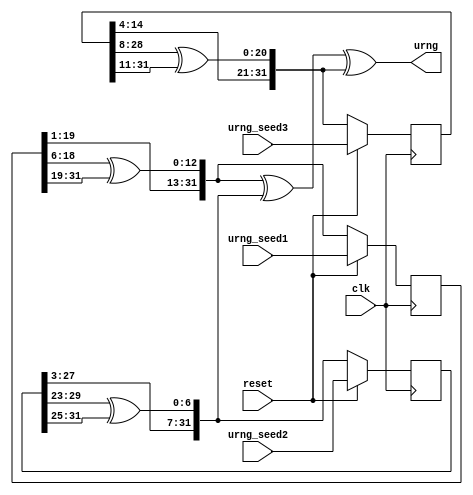
`timescale 1ns / 1ps

//Tausworth Uniform Random Number Generator
module taus(
    output [31:0] urng,
    input clk,
    input reset,
    input [31:0] urng_seed1,
    input [31:0] urng_seed2,
    input [31:0] urng_seed3 
    );
    
    reg [31:0] s0;
    reg [31:0] s1;
    reg [31:0] s2;
    wire [31:0] next_s0;
    wire [31:0] next_s1;
    wire [31:0] next_s2;
    
    //The function provided on page 4 of the spec can be unrolled into this
    assign next_s0 = {s0[19:1], s0[18:6]^s0[31:19]};
    assign next_s1 = {s1[27:3], s1[29:23]^s1[31:25]};
    assign next_s2 = {s2[14:4], s2[28:8]^s2[31:11]};
    assign urng = next_s0^next_s1^next_s2;
    
    //At reset set the seed to the input seed values, otherwise set the seed every clock cycle to what is generated by next_seed
    //Without pipelining, this is the only aspect of the design that needs a clk input
    always@(posedge clk)begin
        if(!reset) begin
            s0 <= next_s0;
            s1 <= next_s1;
            s2 <= next_s2;
        end
        else begin
            s0 <= urng_seed1;
            s1 <= urng_seed2;
            s2 <= urng_seed3;
        end     
    end  
endmodule